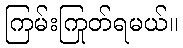
ကြမ်းကြုတ်ရမယ်။